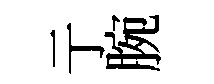
亍腕